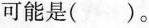
可能是()。